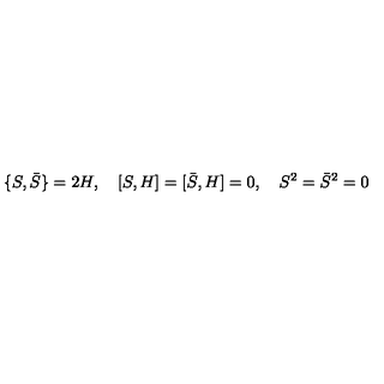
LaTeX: \{ S , \bar { S } \} = 2 H , \quad [ S , H ] = [ \bar { S } , H ] = 0 , \quad S ^ { 2 } = \bar { S } ^ { 2 } = 0